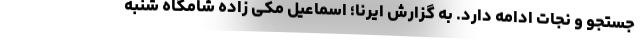
جستجو و نجات ادامه دارد. به گزارش ایرنا؛ اسماعیل مکی زاده شامگاه شنبه